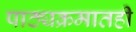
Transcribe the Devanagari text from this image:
पाठ्यक्रमातही